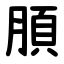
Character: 䐓